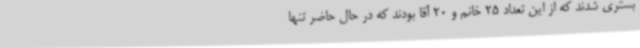
بستری شدند که از این تعداد 25 خانم و 20 آقا بودند که در حال حاضر تنها